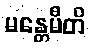
မန္တေမီတိ